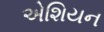
એશિયન